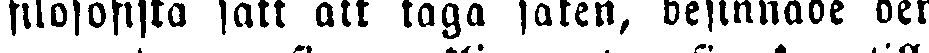
filosofiska fatt att taga saken, besinnade den